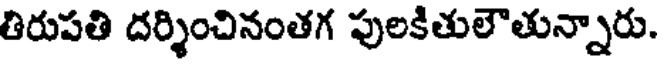
తిరుపతి దర్శించినంతగ పులకితులౌతున్నారు.